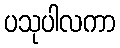
ပသုပါလကာ